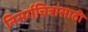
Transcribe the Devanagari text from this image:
निसर्गचित्रांसाठी